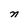
Character: n